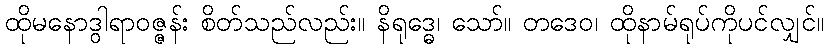
ထိုမနောဒွါရာဝဇ္ဇန်း စိတ်သည်လည်း။ နိရုဒ္ဓေ၊ သော်။ တဒေဝ၊ ထိုနာမ်ရုပ်ကိုပင်လျှင်။